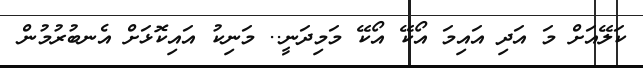
ކަލޭއަށް މަ އަދި އައިމަ އޯކޭ އޯކޭ މަމިދަނީ.. މަނިކު އައިކޮޅަށް އެނބުރުމުން